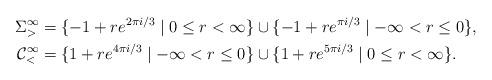
LaTeX: \begin{align*} \Sigma^\infty_> = {}& \{ -1 + re^{2\pi i/3} \mid 0 \leq r < \infty \} \cup \{ -1 + re^{\pi i/3} \mid -\infty < r \leq 0 \}, \\ \mathcal{C}^\infty_< = {}& \{ 1 + re^{4\pi i/3} \mid -\infty < r \leq 0 \} \cup \{ 1 + re^{5\pi i/3} \mid 0 \leq r <\infty \}. \end{align*}